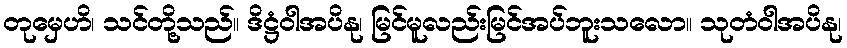
တုမှေဟိ၊ သင်တို့သည်။ ဒိဋ္ဌံဝါအပိနု၊ မြင်မူလည်းမြင်အပ်ဘူးသလော။ သုတံဝါအပိနု၊